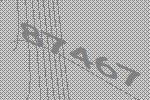
87467